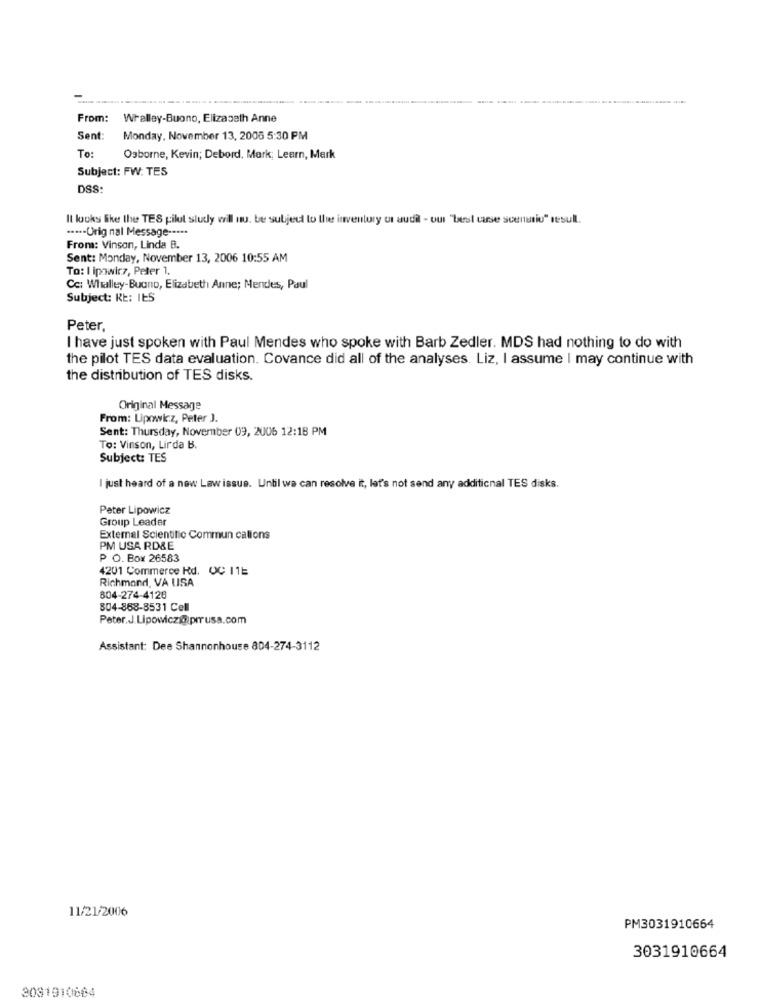
From:
Whalley-Buono, Elizabeth Anne
Sent:
Monday, November 13, 2006 5:30 PM
To:
Osborne, Kevin; Debord, Mark; Learn, Mark
Subject: FW: TES
DSS:
It looks like the TES pilot study will tu. be subject to the inventory of audi - out "best case scenario" resull.
····- Ürig nal Message --***
From: Vinson, Linda B.
Sent: Monday, November 13, 2006 10:55 AM
To: I ipowicz, Peter 1.
Cc: Whalley-Buono, Elizabeth Anne; Mendes, Paul
Subject: RE: IES
Peter,
I have just spoken with Paul Mendes who spoke with Barb Zedler. MDS had nothing to do with
the pilot TES data evaluation. Covance did all of the analyses. Liz, I assume I may continue with
the distribution of TES disks.
Original Message
From: Lipowicz, Peter J.
Sent: Thursday, November 09, 2006 12:18 PM
To: Vinson, Lirda B.
Subject: TES
I just heard of a new Law issue. Until wa can resolve it, let's not send any additional TES disks.
Peter Lipowicz
Group Leader
External Scientific Commun cations
PM USA RD&E
P O. Box 26583
4201 Commerce Rd. OC 11E
Richmond, VA USA
804-274-4128
804-868-8531 Cell
Pater.J.Lipowicz@ prusa.com
Assistant: Dee Shannonhouse 804-274-3112
11/21/2006
PM3031910664
3031910664
2081910604